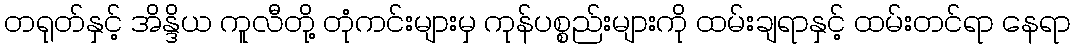
တရုတ်နှင့် အိန္ဒိယ ကူလီတို့ တုံကင်းများမှ ကုန်ပစ္စည်းများကို ထမ်းချရာနှင့် ထမ်းတင်ရာ နေရာ